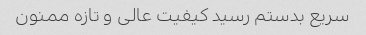
سریع بدستم رسید کیفیت عالی و تازه ممنون